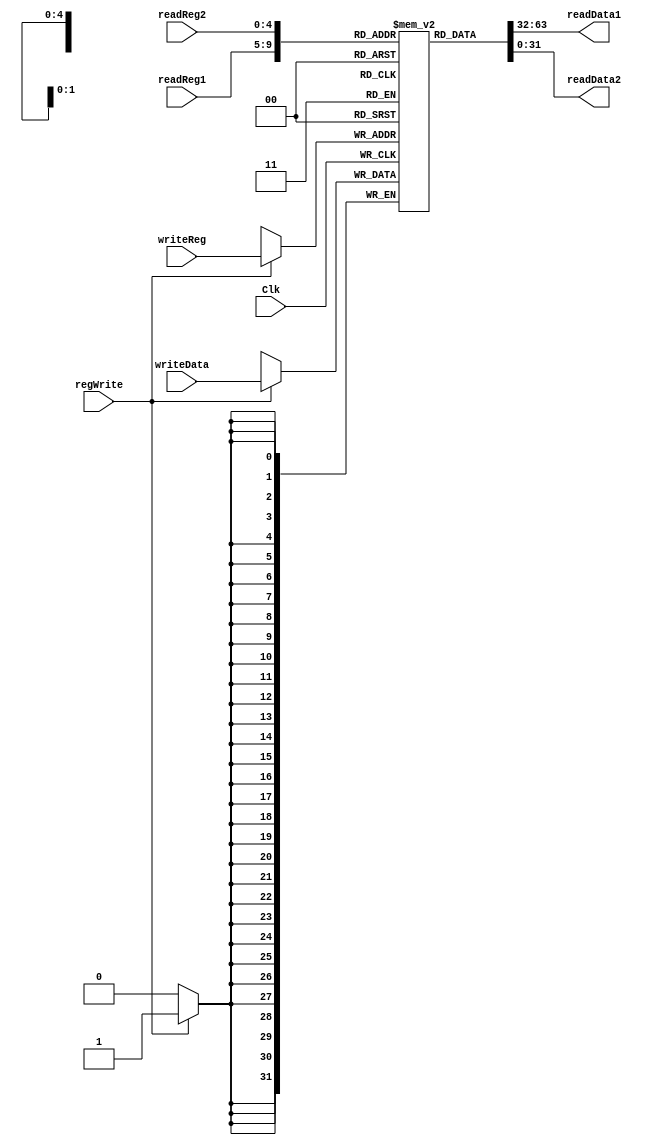
`timescale 1ns / 1ps
//////////////////////////////////////////////////////////////////////////////////
// Company: 
// Engineer: 
// 
// Design Name: 
// Module Name: Registers
// Project Name: 
// Target Devices: 
// Tool Versions: 
// Description: 
// 
// Dependencies: 
// 
// Revision:
// Revision 0.01 - File Created
// Additional Comments:
// 
//////////////////////////////////////////////////////////////////////////////////


module Registers(
    input Clk,
    input [25:21] readReg1,
    input [20:16] readReg2,
    input [4:0] writeReg,
    input [31:0] writeData,
    input regWrite,
    output [31:0] readData1,
    output [31:0] readData2
    );
    
    reg [31:0] regFile[31:0];
    reg [31:0] ReadData1;
    reg [31:0] ReadData2;
    
    always @(readReg1 or readReg2 or writeReg or regWrite or writeData)
        begin 
            ReadData1 = regFile[readReg1];
            ReadData2 = regFile[readReg2];
        end
    always @ (negedge Clk)
        begin
            if(regWrite)
                regFile[writeReg] = writeData;
        end
    
    assign readData1 = ReadData1;
    assign readData2 = ReadData2;
endmodule